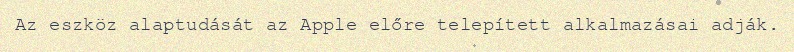
Az eszköz alaptudását az Apple előre telepített alkalmazásai adják.